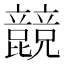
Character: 𣬙